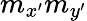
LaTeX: m_{x^{\prime}}m_{y^{\prime}}